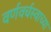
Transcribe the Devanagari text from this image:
वर्णवर्चस्वाच्या